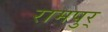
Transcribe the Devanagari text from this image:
रामपुर्